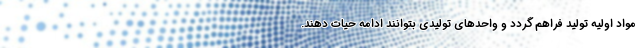
مواد اولیه تولید فراهم گردد و واحدهای تولیدی بتوانند ادامه حیات دهند.